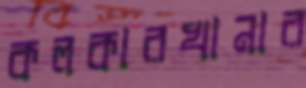
কলকারখানার